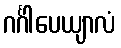
ဂင်္ဂါပေယျာလံ